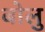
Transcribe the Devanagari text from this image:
बोलु